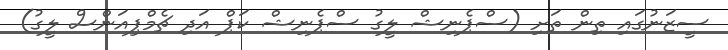
ސީޒަނުގައި ތިން ތަށި (ސްޕެނިޝް ލީގު ސްޕެނިޝް ކަޕް އަދި ޗެމްޕިއަންސް ލީގު)